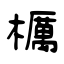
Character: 櫔